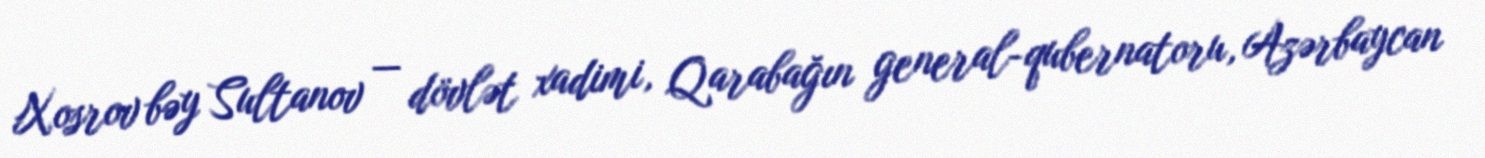
Xosrov bəy Sultanov — dövlət xadimi, Qarabağın general-qubernatoru, Azərbaycan